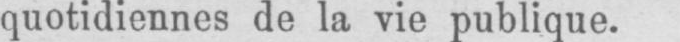
quotidiennes de la vie publique.